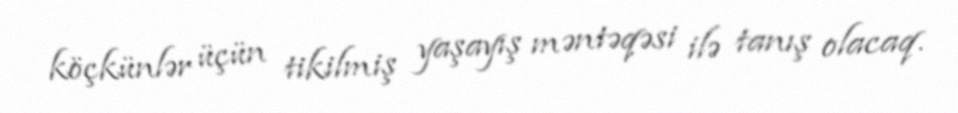
köçkünlər üçün tikilmiş yaşayış məntəqəsi ilə tanış olacaq.